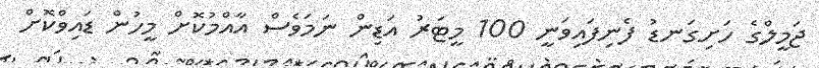
ޖަމީލްގެ ހަށިގަނޑު ފެނިފައިވަނީ 100 މީޓަރު އަޑިން ނަމަވެސް އާއްމުކޮށް މީހުން ޑައިވްކޮށް